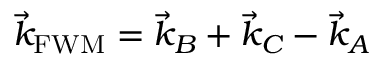
\vec { k } _ { \mathrm { F W M } } = \vec { k } _ { B } + \vec { k } _ { C } - \vec { k } _ { A }